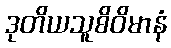
ဒုတိယသူစိဝိမာနံ